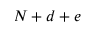
N + d + e